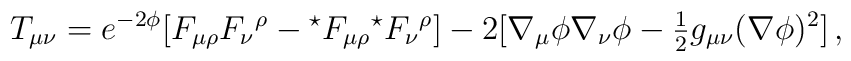
T_{\mu\nu} =e^{-2\phi}[F_{\mu\rho}F_{\nu}{}^{\rho}-{}^{\star}F_{\mu\rho} {}^{\star}F_{\nu}{}^{\rho}]-2[\nabla_{\mu}\phi\nabla_{\nu}\phi-{\textstyle\frac{1}{2}}g_{\mu\nu}(\nabla\phi)^{2}]\, ,